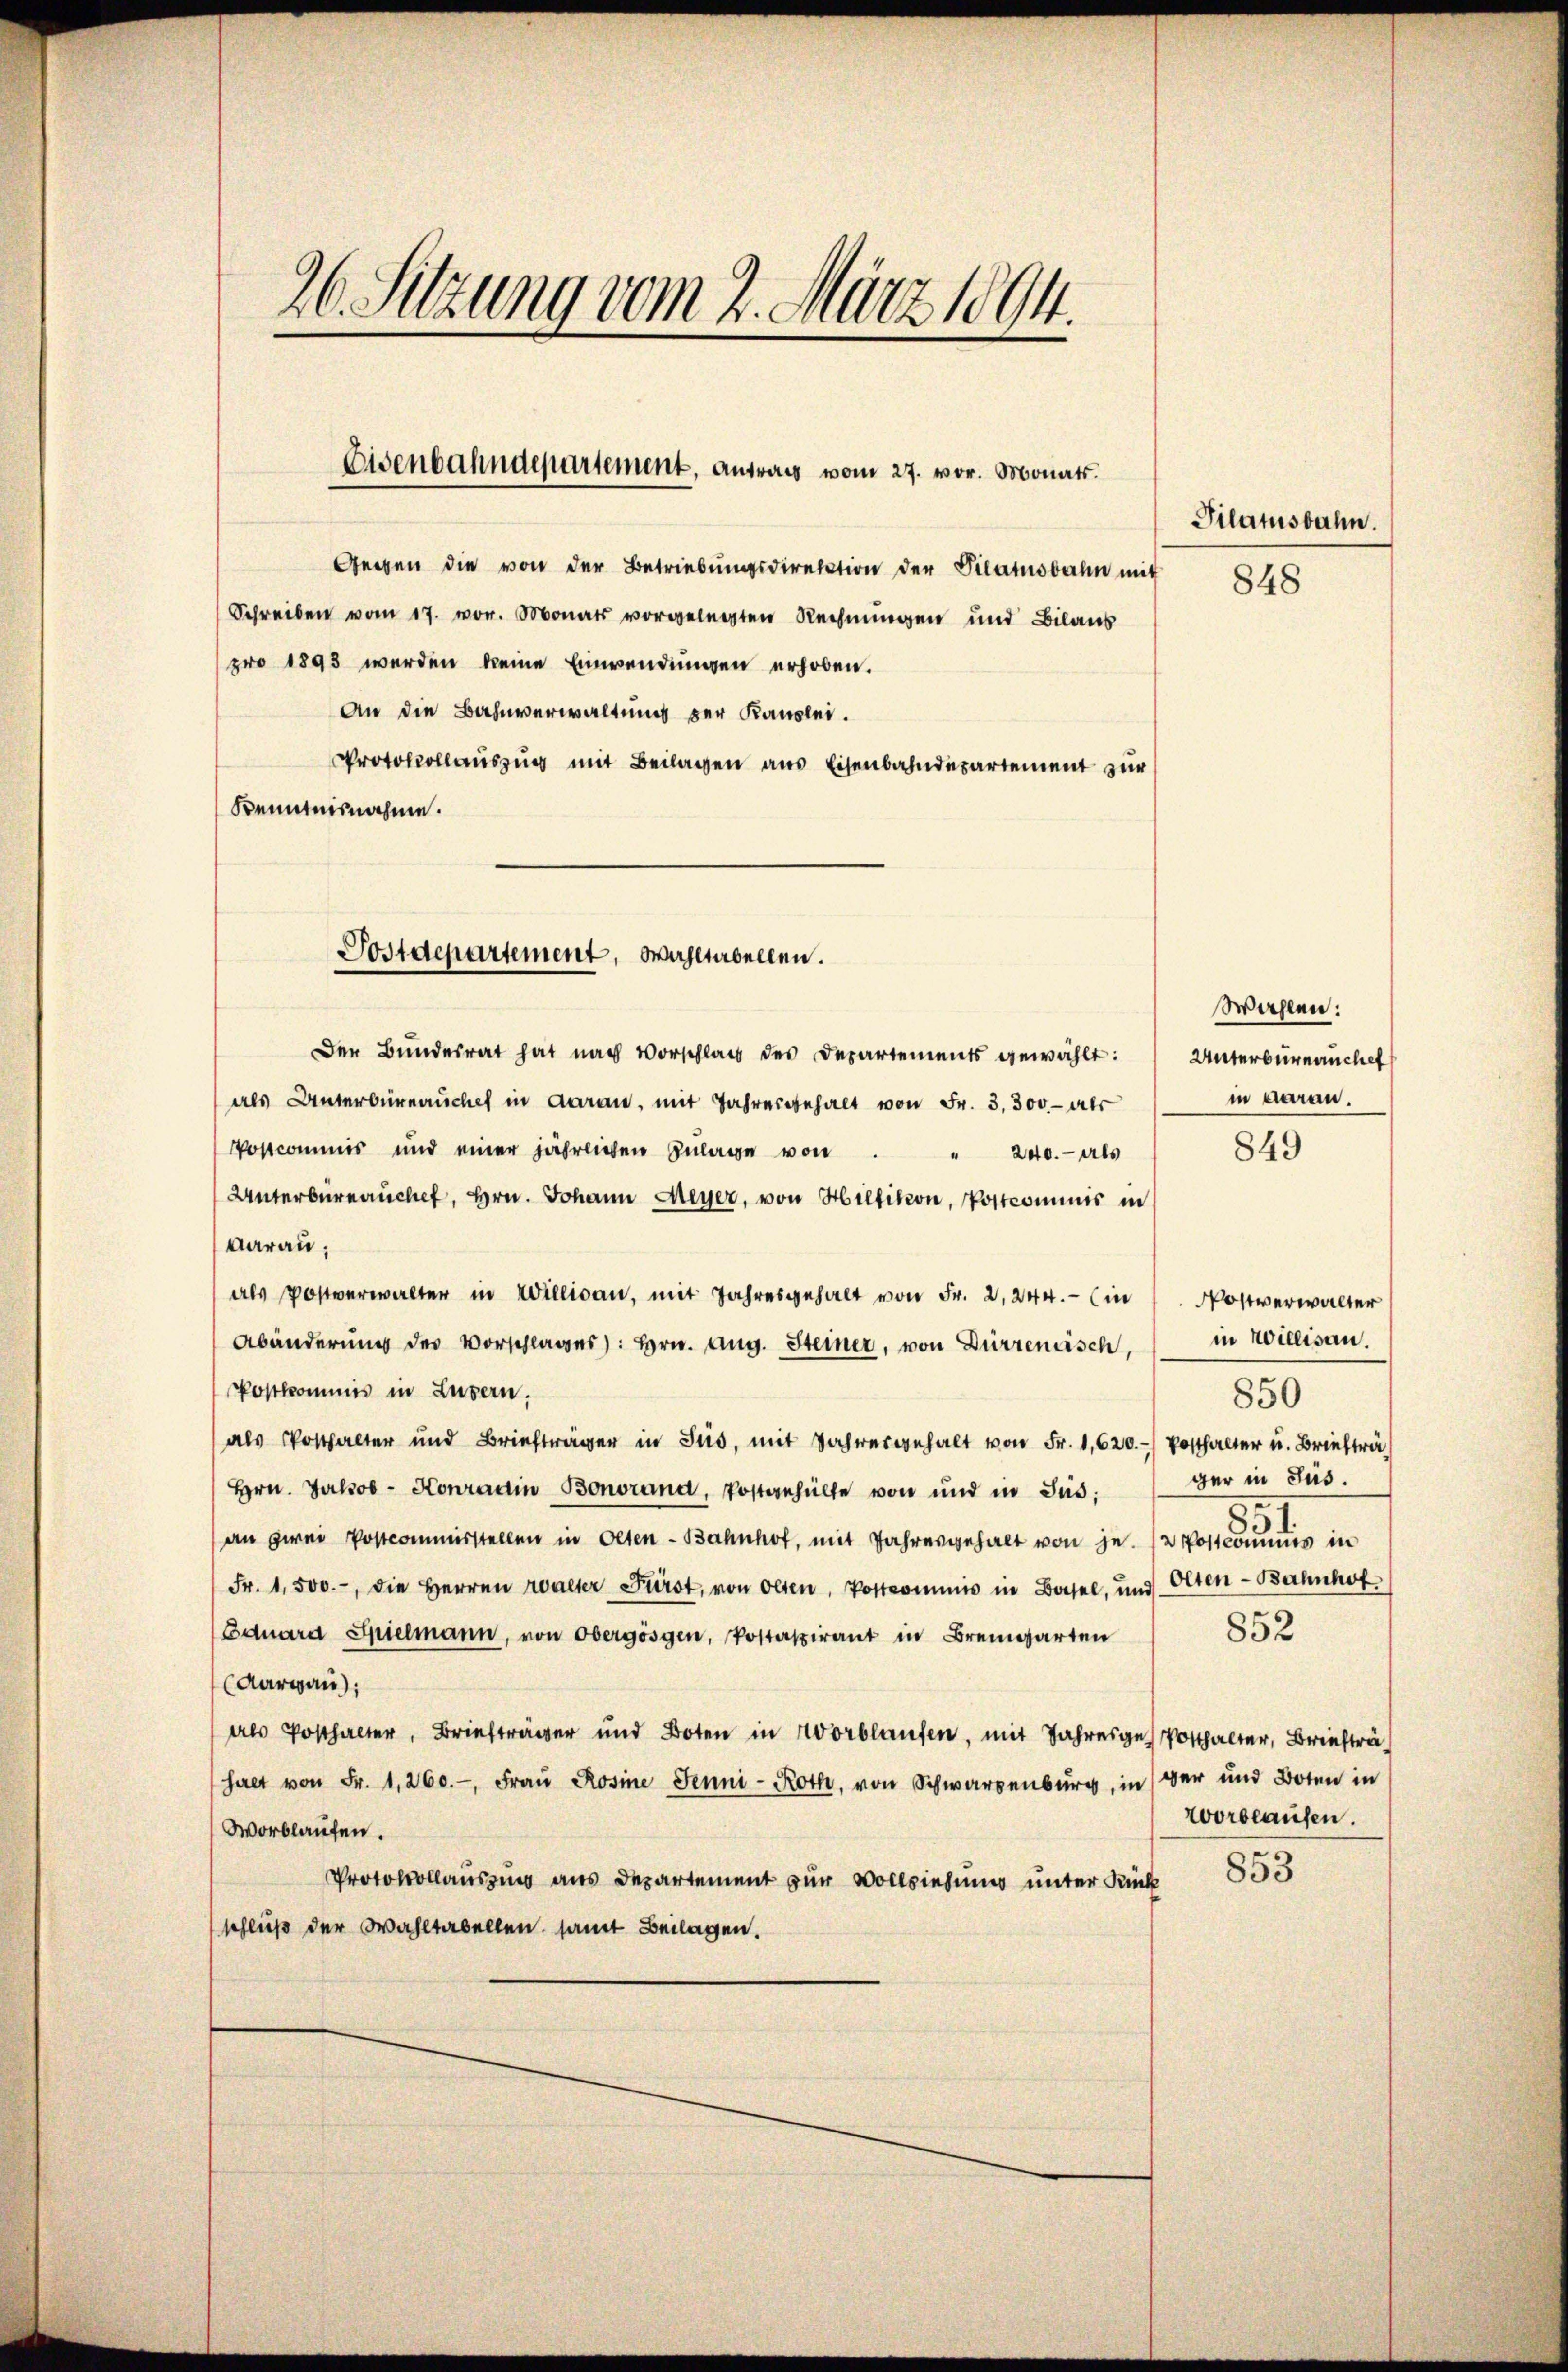
Gegen die von der Betriebungsdirektion der Vilatusbahn mit
Schreiben vom 17. vor. Monats vorgelegten Rechnungen und Bilans
pro 1893 werden keine Einwendungen erhoben.
An die Bahnverwaltung der Kanzlei.
Protokollauszung mit Beilagen aus Eisenbahndepartement zur
Kenntnisnahme.

26. Sitzung vom 2. März 1894.

Eisenbahndepartement, antrags vom 27. vor. Monats.

Postdepartement, Wahltabellen.

Pilatsbahn.
848

Der Bundesrat hat nach Vorschlag des Departements gewählt:
als Unterbüreaŭches in daran, mit Jahresgehalt von Fr. 3,300- ahr
Postcommis und einer jährlichen Zulage von
240. - Als
Unterbureauchet, Hrn. Johann Meyer, von Hilfikon, Postcommis in
darau,
als Postverwalter in Willisau, mit Jahresgehalt von Fr. 2, 244. (in / Postverwalter
Abänderung des Vorschlages): hrn. Aug. Steiner, von Dürrenisch, in Willisau.
Postkommis in Luzern,
als Posthalter und Briefträger in Sud, mit Jahresgehalt von Fr. 1,620.-) Posthalter u. Briefträ
Hrn. Jakob - Konradin Bonorana, Postgehülfe von und in Jus:
an zwei Postcommisstellen in Olten-Bahnhof, mit Jahresgehalt von je. / Postcommus in
Fr. 1,500.-, die Herren Walter Fürst, von Olten, Postcommis in Basel, und Olten-Bahnhof
852
Eduard Spielmann, von Obergösgen, Postaspirant in Bremgarten
(Aargau),
als Posthalter, Briefträger und Boten in Worblaufen, mit Jahrese Potthalter, Brieftr
halt von Fr. 1,260.- Frau Rosine Jenni-Roth, von Schwarzenburg, in war und Boten in
wortlaufen.
Worblaufen.
853
Protokollausung aus Departement zur Vollziehung unter Kunk
schließ der Wahltabellen samt Beilagen.

Wahlen:
Unterbureauchet
in daran.

849

ger in Sus.
.
51

850